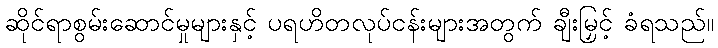
ဆိုင်ရာစွမ်းဆောင်မှုများနှင့် ပရဟိတလုပ်ငန်းများအတွက် ချီးမြှင့် ခံရသည်။